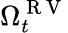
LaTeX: \Omega_{t}^{\mathrm{~R~V~}}